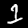
Label: 1